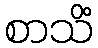
စာသိံ